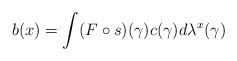
\begin{gather*}b(x)=\int (F\circ s)(\gamma) c(\gamma)d\lambda^x(\gamma)\end{gather*}